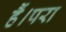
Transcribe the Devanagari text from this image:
हैं।परा